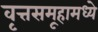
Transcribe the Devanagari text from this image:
वृत्तसमूहामध्ये